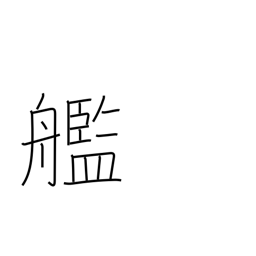
Meaning: warship